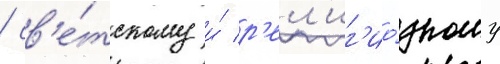
/ св'е́тскому и́ р'ел'иг'ио́зному